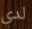
لدي